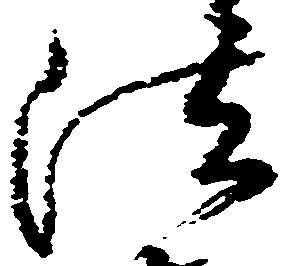
法